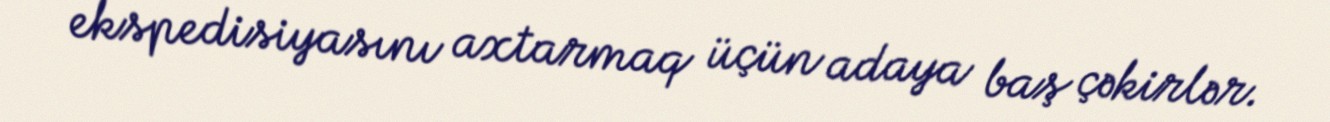
ekspedisiyasını axtarmaq üçün adaya baş çəkirlər.